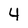
Character: 4